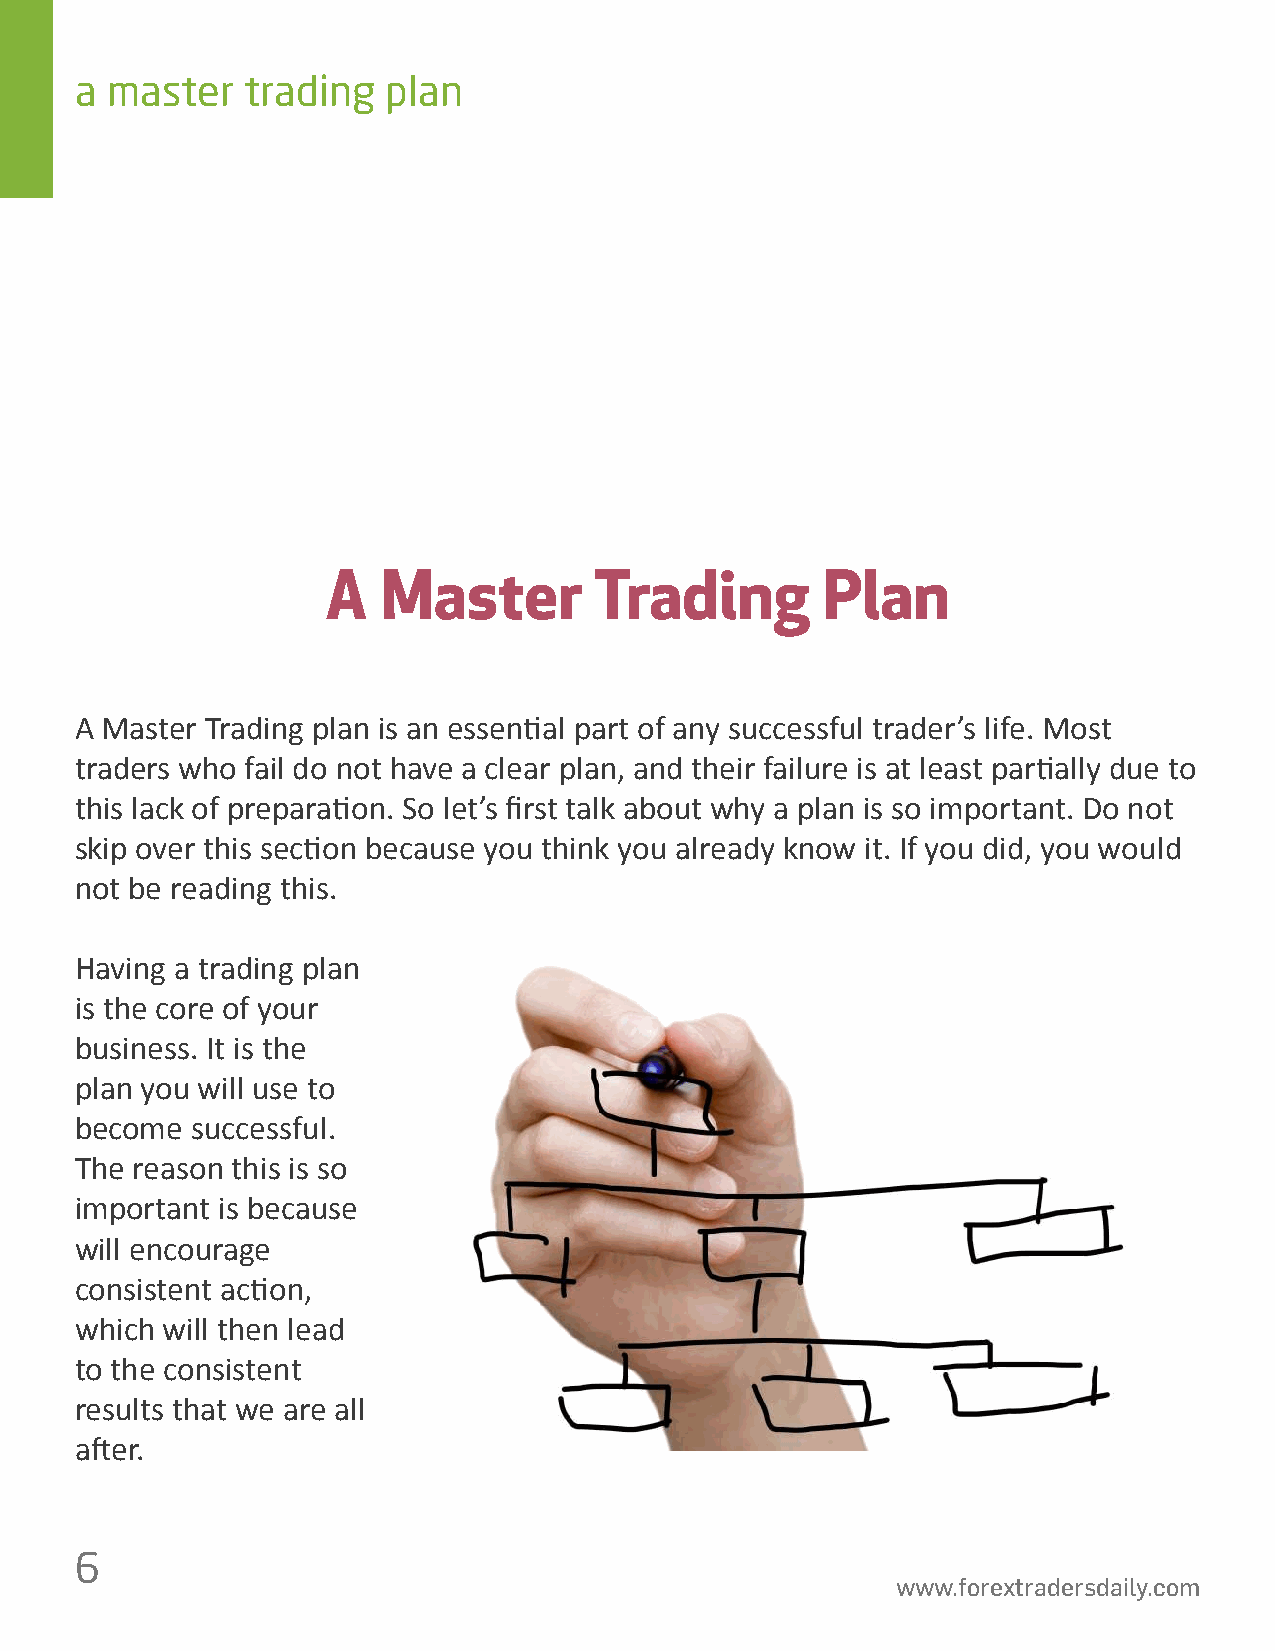
a master   trading   plan
 A  Master        Trading        Plan
 A Master Trading plan is an essen琀椀al part of any successful trader’s life. Most
 traders who fail do not have a clear plan, and their failure is at least par琀椀ally due to
 this lack of prepara琀椀on. So let’s 昀椀rst talk about why a plan is so important. Do not
 skip over this sec琀椀on because you think you already know it. If you did, you would
 not be reading this.
 Having a trading plan
 is the core of your
 business. It is the
 plan you will use to
 become  successful.
 The reason this is so
 important is because
 will encourage
 consistent ac琀椀on,
 which will then lead
 to the consistent
 results that we are all
 a昀琀er.
 6
 www.forextradersdaily.com